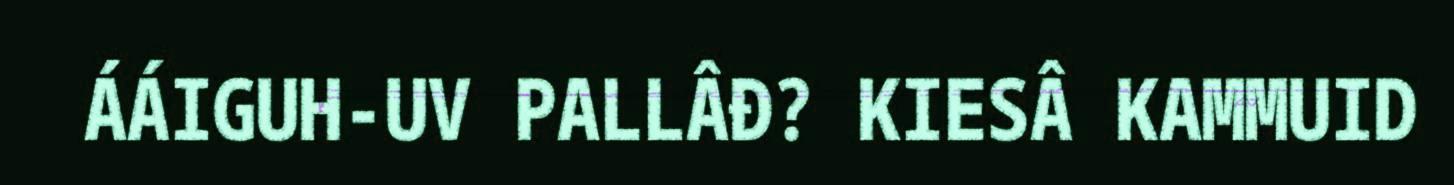
ÁÁIGUH-UV PALLÂĐ? KIESÂ KAMMUID